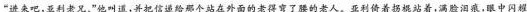
“进来吧，亚利老兄，”他叫道，并把信递给那个站在外面的老得弯了腰的老人。亚利倚着拐棍站着，满脸泪痕，眼中闪耀